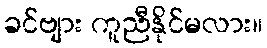
ခင်ဗျား ကူညီနိုင်မလား။